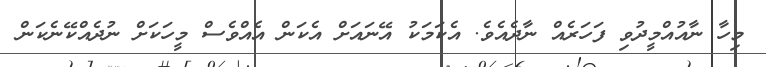
މިހާ ނާއުއްމީދުވި ފަހަރެއް ނާދެއެވެ. އެކަމަކު އޭނައަށް އެކަން އެއްވެސް މީހަކަށް ނުދެއްކޭނެކަން